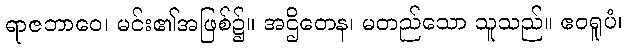
ရာဇဘာဝေ၊ မင်း၏အဖြစ်၌။ အဌိတေန၊ မတည်သော သူသည်။ ဧဝရူပံ၊